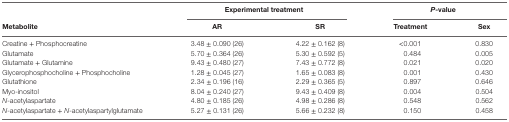
|  | <COLSPAN=2> Experimental treatment | <COLSPAN=2> P-value |
 | Metabolite | AR | SR | Treatment | Sex |
 | --- | --- | --- | --- | --- |
 | Creatine + Phosphocreatine | 3.48 ± 0.090 (26) | 4.22 ± 0.162 (8) | <0.001 | 0.830 |
 | Glutamate | 5.70 ± 0.364 (26) | 5.30 ± 0.592 (5) | 0.484 | 0.005 |
 | Glutamate + Glutamine | 9.43 ± 0.480 (27) | 7.43 ± 0.772 (8) | 0.021 | 0.020 |
 | Glycerophosphocholine + Phosphocholine | 1.28 ± 0.045 (27) | 1.65 ± 0.083 (8) | 0.001 | 0.430 |
 | Glutathione | 2.34 ± 0.196 (16) | 2.29 ± 0.365 (5) | 0.897 | 0.646 |
 | Myo-inositol | 8.04 ± 0.240 (27) | 9.43 ± 0.409 (8) | 0.004 | 0.504 |
 | N-acetylaspartate | 4.80 ± 0.185 (26) | 4.98 ± 0.286 (8) | 0.548 | 0.562 |
 | N-acetylaspartate + N-acetylaspartylglutamate | 5.27 ± 0.131 (26) | 5.66 ± 0.232 (8) | 0.150 | 0.458 |